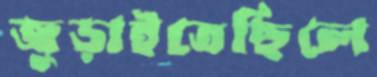
জুড়াইতেছিলে